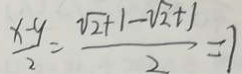
\frac { x - y } { 2 } = \frac { \sqrt { 2 } + 1 - \sqrt { 2 } + 1 } { 2 } = 1